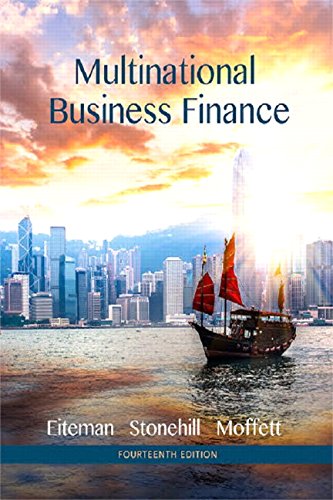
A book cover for Multinational Business Finance (14th Edition) (Pearson Series in Finance); David K. Eiteman; Business & Money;